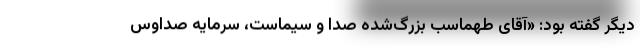
ِ‌دیگر گفته بود: «آقای طهماسب بزرگ‌شده صدا و سیماست، سرمایه صداوس